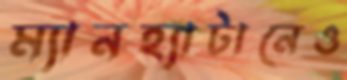
ম্যানহ্যাটানেও